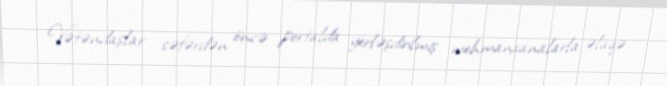
Vətəndaşlar səfərdən öncə portalda yerləşdirilmiş mehmanxanalarla əlaqə